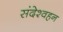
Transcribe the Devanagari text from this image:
संदेश्वहन